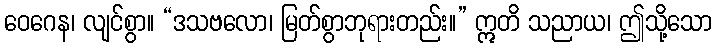
ဝေဂေန၊ လျင်စွာ။ “ဒသဗလော၊ မြတ်စွာဘုရားတည်း။” ဣတိ သညာယ၊ ဤသို့သော